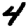
Digit: 4